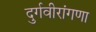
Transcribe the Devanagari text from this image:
दुर्गवीरांगणा